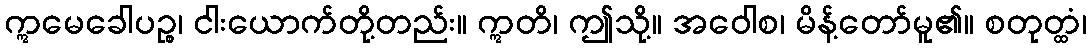
ဣမေခေါပဉ္စ၊ ငါးယောက်တို့တည်း။ ဣတိ၊ ဤသို့။ အဝေါစ၊ မိန့်တော်မူ၏။ စတုတ္ထံ၊